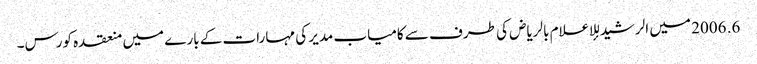
6. 2006 میں الرشید للإعلام بالریاض کی طرف سے کامیاب مدیر کی مہارات کے بارے میں منعقدہ کورس۔